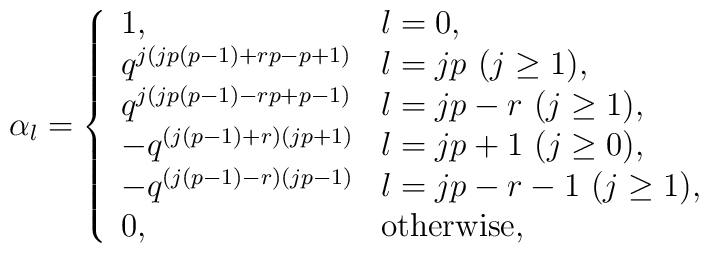
\alpha_l = \left\{\begin{array}{ll}1, & l=0, \\q^{j(jp(p-1)+rp-p+1)}& l=jp ~(j \geq 1), \\q^{j(jp(p-1)-rp+p-1)}& l=jp-r ~(j \geq 1), \\-q^{(j(p-1)+r)(jp+1)}& l=jp +1 ~(j \geq 0), \\-q^{(j(p-1)-r)(jp-1)}& l=jp-r-1 ~(j \geq 1), \\0, & \mbox{otherwise},\end{array} \right.